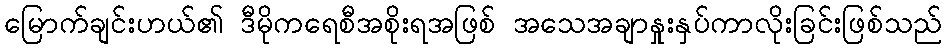
မြောက်ချင်းဟယ်၏ ဒီမိုကရေစီအစိုးရအဖြစ် အသေအချာနှုးနှပ်ကာလိုးခြင်းဖြစ်သည်